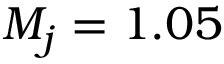
M _ { j } = 1 . 0 5